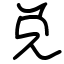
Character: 兑